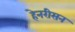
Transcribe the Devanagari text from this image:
हेनरीसन